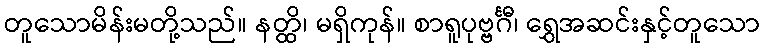
တူသောမိန်းမတို့သည်။ နတ္ထိ၊ မရှိကုန်။ စာရူပုဗ္ဗင်္ဂီ၊ ရွှေအဆင်းနှင့်တူသော